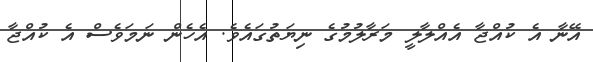
އޭނާ އެ ކުއްޖާ އެއްލާލީ މަރާލުމުގެ ނިޔަތުގައެވެ. އެހެން ނަމަވެސް އެ ކުއްޖާ